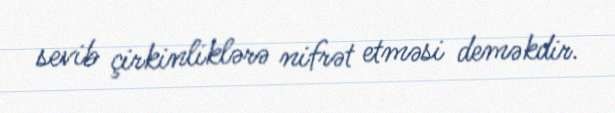
sevib çirkinliklərə nifrət etməsi deməkdir.